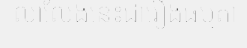
លាលែងនេះជារឿងធម្មតា